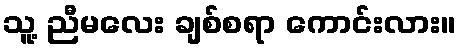
သူ့ ညီမလေး ချစ်စရာ ကောင်းလား။